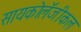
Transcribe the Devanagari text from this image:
सायकोलॅजीकल